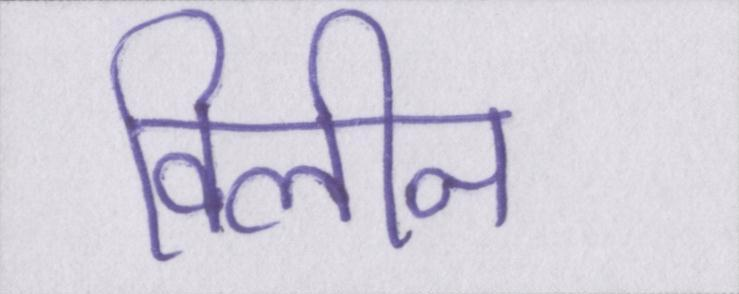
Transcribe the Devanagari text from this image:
विलीन